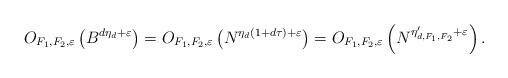
LaTeX: \begin{align*}O_{F_1,F_2,\varepsilon} \left( B^{d\eta_d +\varepsilon} \right) = O_{F_1,F_2,\varepsilon} \left( N^{\eta_d(1+d\tau)+\varepsilon}\right)= O_{F_1,F_2,\varepsilon} \left(N^{\eta'_{d,F_1,F_2} + \varepsilon}\right).\end{align*}